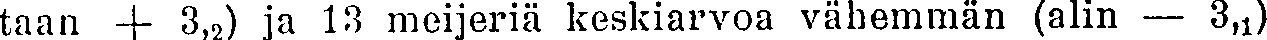
taan + 3,2) ja 13 meijeriä keskiarvoa vähemmän (alin — 3,1)